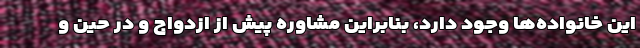
این خانواده‌ها وجود دارد، بنابراین مشاوره پیش از ازدواج و در حین و